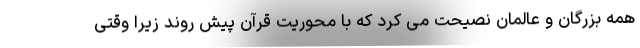
همه بزرگان و عالمان نصیحت می کرد که با محوریت قرآن پیش روند زیرا وقتی